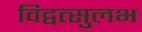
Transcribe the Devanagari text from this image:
विद्वत्सुलभ